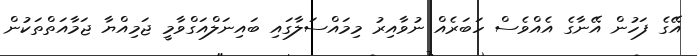
އޭގެ ފަހުން އޭނާގެ އެއްވެސް ހަބަރެއް ނުވާއިރު މިމައްސަލާގައި ބައިނަލްއަގްވާމީ ޖަމިއްޔާ ޖަމާއަތްތަކުން